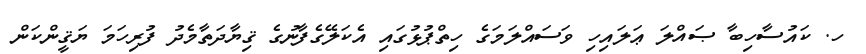
ހ. ކައުސާހިބާ ޞައްލަ ޢަލައިހި ވަސައްލަމަގެ ހިތްޕުޅުގައި އެކަލޭގެފާނުގެ ޤިޔާދަތާމެދު ފުރިހަމަ ޔަޤީންކަން